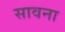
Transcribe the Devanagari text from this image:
सावना